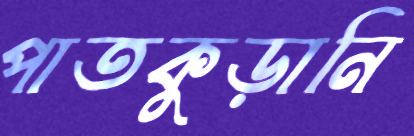
পাতকুড়ানি